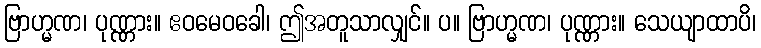
ဗြာဟ္မဏ၊ ပုဏ္ဏား။ ဧဝမေဝခေါ၊ ဤအတူသာလျှင်။ ပ။ ဗြာဟ္မဏ၊ ပုဏ္ဏား။ သေယျာထာပိ၊